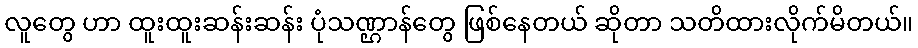
လူတွေ ဟာ ထူးထူးဆန်းဆန်း ပုံသဏ္ဌာန်တွေ ဖြစ်နေတယ် ဆိုတာ သတိထားလိုက်မိတယ်။